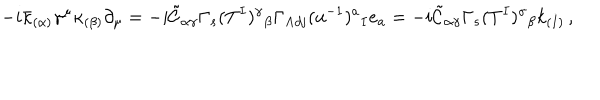
- i \bar { \kappa } _ { ( \alpha ) } \gamma ^ { \mu } \kappa _ { ( \beta ) } \partial _ { \mu } = - i \tilde { \mathcal { C } } _ { \alpha \gamma } \Gamma _ { s } ( T ^ { I } ) ^ { \gamma } { } _ { \beta } \Gamma _ { \mathrm { A d j } } ( u ^ { - 1 } ) ^ { a } { } _ { I } e _ { a } = - i \tilde { \mathcal { C } } _ { \alpha \gamma } \Gamma _ { s } ( T ^ { I } ) ^ { \gamma } { } _ { \beta } k _ { ( I ) } \, ,